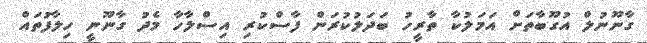
ގާނޫނުލް އުގޫބާތަށް އަމަލުކާ ތާރީހު ބަދަލުކުރަން ފާސްކުރި އިސްލާހާ މެދު ގާނޫނީ ހިލާފުތައް